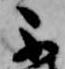
不